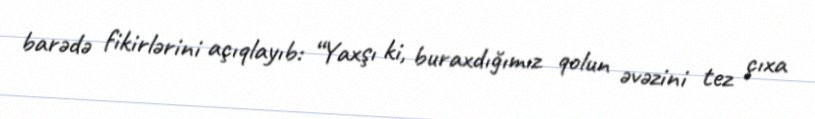
barədə fikirlərini açıqlayıb: “Yaxşı ki, buraxdığımız qolun əvəzini tez çıxa